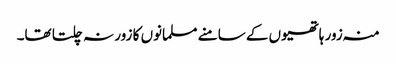
منہ زور ہاتھیوں کے سامنے مسلمانوں کا زور نہ چلتا تھا۔